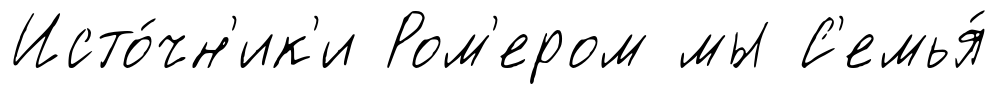
Исто́чн'ик'и Ром'ером мы С'емья́